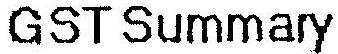
GST SUMMARY